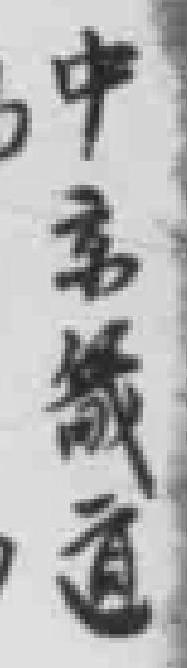
中京畿道